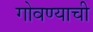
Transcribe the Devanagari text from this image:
गोवण्याची